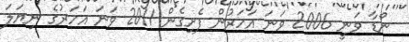
ނޯޑާ ވަނީ 2006 ވަނަ އަހަރުން ފެށިގެން 2011 ވަނަ އަހަރުގެ ނިޔަލަ